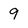
Character: 9